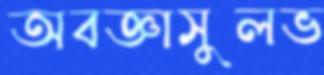
অবজ্ঞাসুলভ